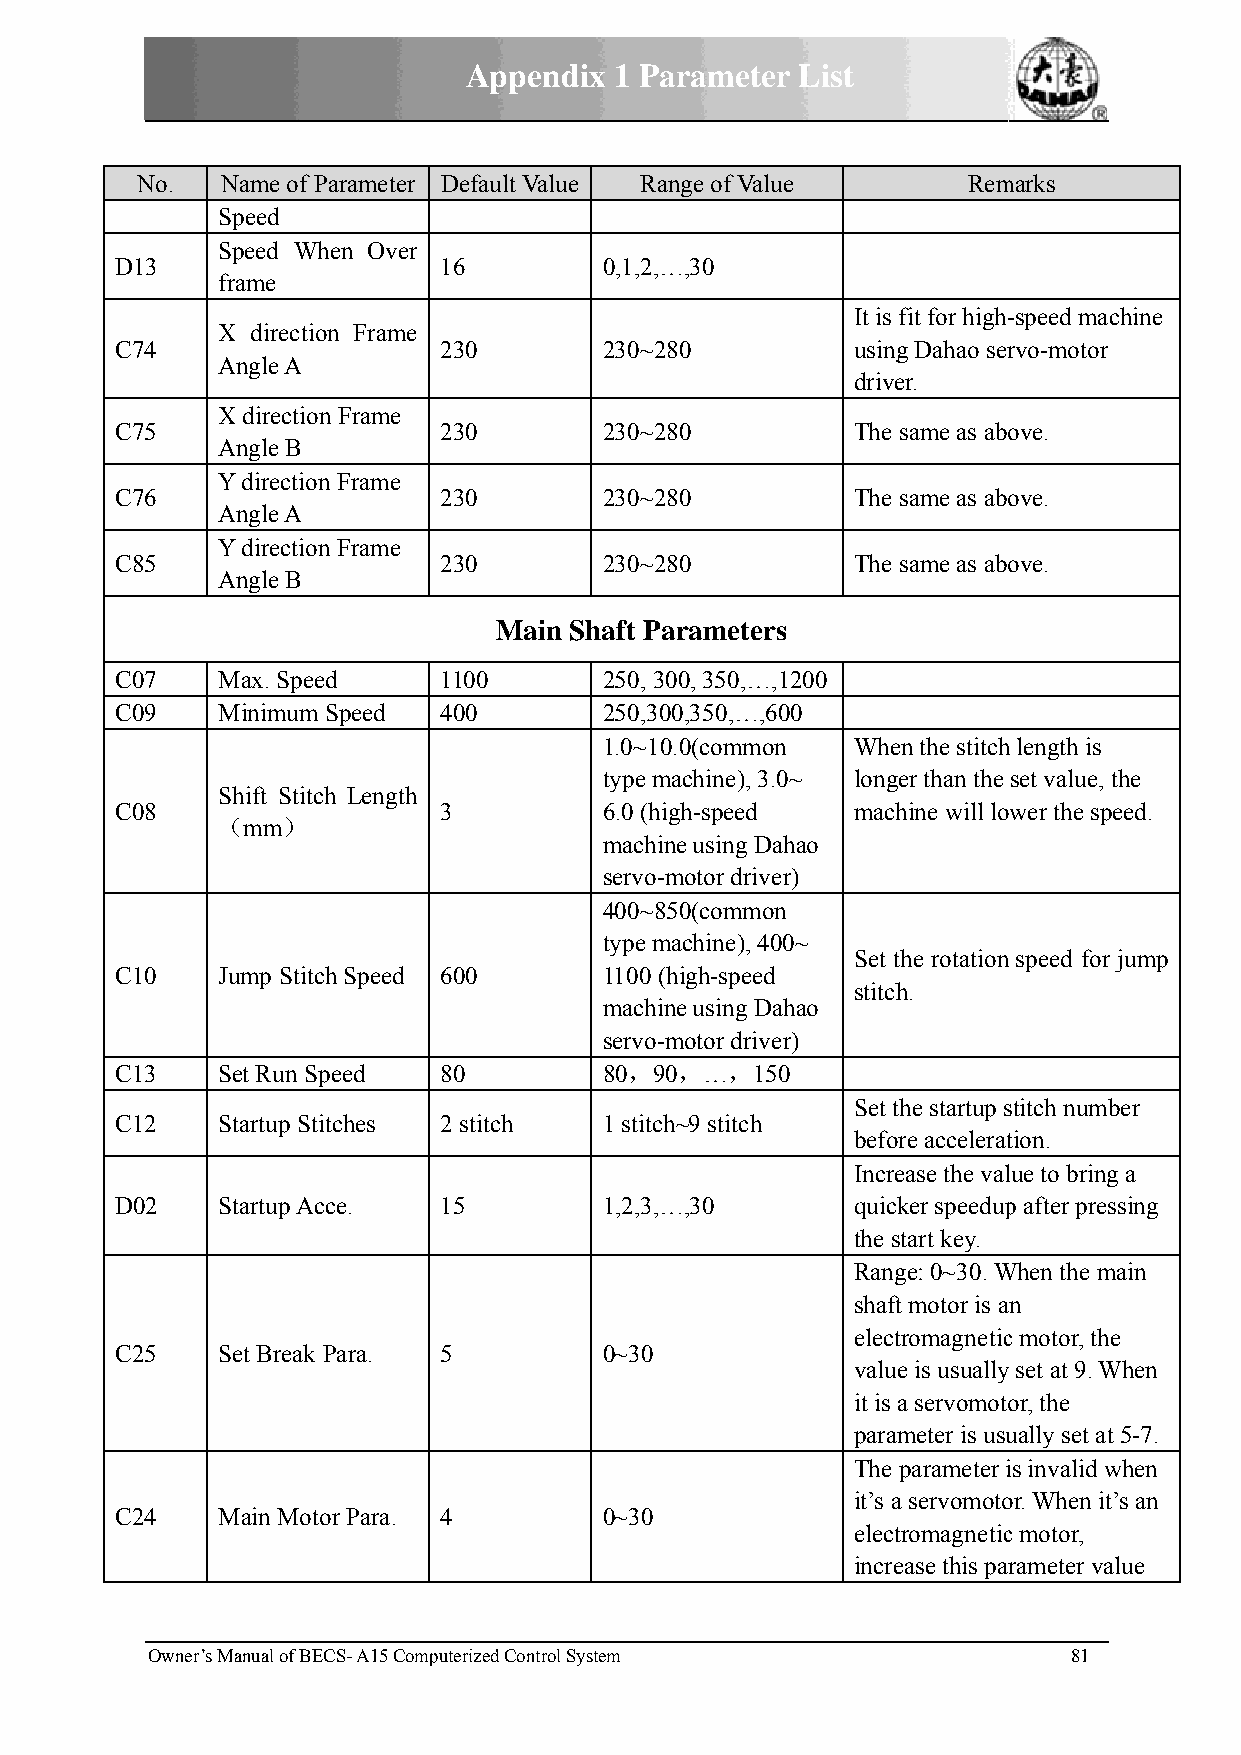
Appendix  1 Paarameterr List
 No.   NName of Paarameter DDefault Valuue Rannge of Valuee Remmarks
 SSpeed
 SSpeed Wheen Over
 D13                  116        0,1,2,……,30
 fframe
 It is fit for high--speed machhine
 XX directionn Frame
 C74                  2230       230~2880        usingg Dahao serrvo-motor
 AAngle A
 driveer.
 XX direction Frame
 C75                  2230       230~2880        The same as aboove.
 AAngle B
 YY direction Frame
 C76                  2230       230~2880        The same as aboove.
 AAngle A
 YY direction Frame
 C85                  2230       230~2880        The same as aboove.
 AAngle B
 Mainn Shaft Paarameterss
 C07   MMax. Speedd   11100      250, 3000, 350,…,11200
 C09   MMinimum SSpeed 4400      250,3000,350,…,6000
 1.0~10.0(commonn Wheen the stitchh length is
 type maachine), 3.00~ longger than the set value, thhe
 SShift Stitch Length
 C08                  33         6.0 (higgh-speed machhine will lower the speeed.
 （mm）
 machinne using Dahhao
 servo-mmotor driverr)
 400~8550(commonn
 type maachine), 4000~
 Set tthe rotationn speed for jjump
 C10   JJump Stitchh Speed 6600  1100 (hhigh-speed
 stitchh.
 machinne using Dahhao
 servo-mmotor driverr)
 C13   SSet Run Speeed 880       80，900，…，1500
 Set tthe startup sstitch number
 C12   SStartup Stitcches 22 stitch 1 stitchh~9 stitch
 befoore accelerattion.
 Increease the vallue to bring a
 D02   SStartup Acce. 115        1,2,3,……,30     quicker speedupp after presssing
 the sstart key.
 Rangge: 0~30. WWhen the maain
 shafftt motor is an
 electtromagneticc motor, the
 C25   SSet Break Para. 55       0~30
 valuue is usuallyy set at 9. WWhen
 it is a servomotoor, the
 paraameter is usuually set at 5-7.
 The parameter iis invalid wwhen
 it’s aa servomotoor. When it’ss an
 C24   MMain Motorr Para. 44     0~30
 electtromagneticc motor,
 increease this parrameter value
 Owner’s MManual of BECS- A15 Computerized Controll System    81